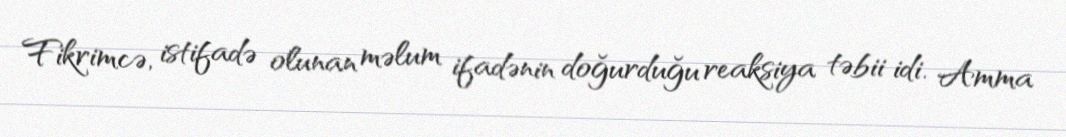
Fikrimcə, istifadə olunan məlum ifadənin doğurduğu reaksiya təbii idi. Amma